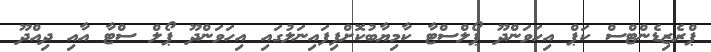
ޕްރެޒިޑެންޓްސް ކަޕް އިހަވަންދޫ ޕޯލްސްޓާ ކާމިޔާބުކޮށްފިފައިނަލުގައި އިހަވަންދޫ ޕޯލް ސްޓާ އާއި ދިއްދޫ